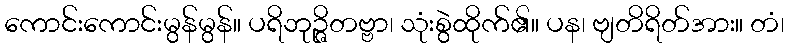
ကောင်းကောင်းမွန်မွန်။ ပရိဘုဉ္ဇိတဗ္ဗာ၊ သုံးစွဲထိုက်၏။ ပန၊ ဗျတိရိတ်အား။ တံ၊